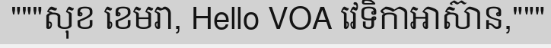
"""សុខ ខេមរា, Hello VOA វេទិកាអាស៊ាន,"""